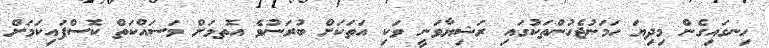
ހިނގައިގެން މިދިޔަ ހަމަނުޖެހުންތަކުގައި ރަޝިޔާވަނީ ވަކި އަތަކަށް ބުރަނުވެ އޮތމަށް މަސައްކަތް ކޮސްފައިކަމަށް